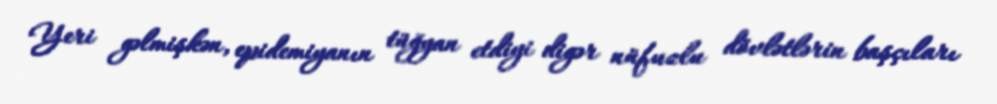
Yeri gəlmişkən, epidemiyanın tüğyan etdiyi digər nüfuzlu dövlətlərin başçıları